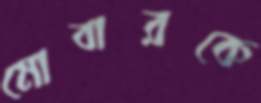
মোবারকে